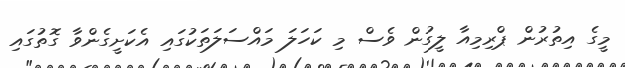
މީގެ އިތުރުން ޕްރިމިއާ ލީގުން ވެސް މި ކަހަލަ މައްސަލަތަކުގައި އެކަށީގެންވާ ގޮތުގައި